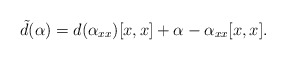
\begin{align*} \tilde d(\alpha)=d(\alpha_{xx})[x,x]+\alpha-\alpha_{xx}[x,x]. \end{align*}